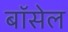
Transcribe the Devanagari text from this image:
बॉसेल